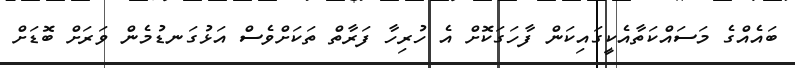
ބައެއްގެ މަސައްކަތާއެކީގައިކަން ފާހަގަކޮށް އެ ހުރިހާ ފަރާތް ތަކަށްވެސް އަޅުގަނޑުމެން ވަރަށް ބޮޑަށް